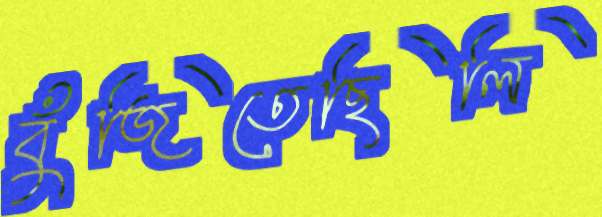
বুঁজিতেছিলি